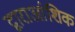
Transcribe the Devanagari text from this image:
द्वाराआंशिक